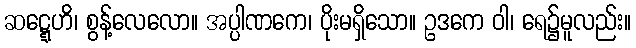
ဆဋ္ဋေဟိ၊ စွန့်လေလော။ အပ္ပါဏကေ၊ ပိုးမရှိသော။ ဥဒကေ ဝါ၊ ရေ၌မူလည်း။